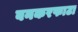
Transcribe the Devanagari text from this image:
बनकरफाटा